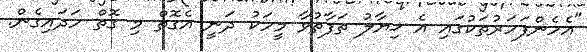
"އެހެންފަހަރުތަކުގައި އެ ޚިޔާލު ތަފާތުވާ މީހަކު ދަނީ އެގޮތް މި ގޮތް ހަދައިގެން.